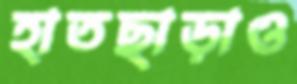
হাতছাড়াও